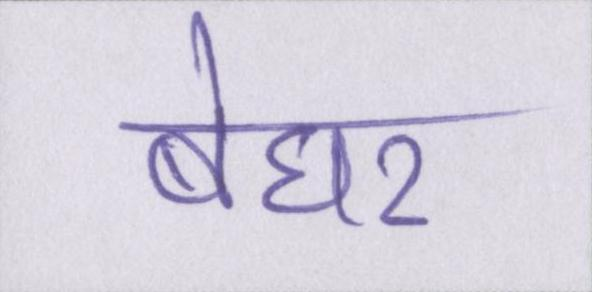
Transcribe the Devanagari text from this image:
बेघर